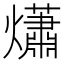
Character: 𤑳